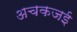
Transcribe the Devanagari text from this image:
अचकजई